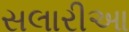
સલારીઆ